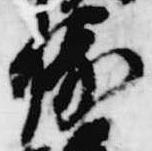
勝